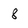
Character: 8